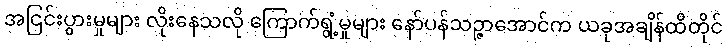
အငြင်းပွားမှုများ လိုးနေသလို ကြောက်ရွံ့မှုများ နော်ပန်သဉ္ဇာအောင်က ယခုအချိန်ထိတိုင်